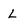
Character: L